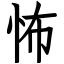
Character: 怖